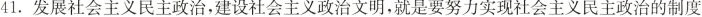
41.发展社会主义民主政治，建设社会主义政治文明，就是要努力实现社会主义民主政治的制度